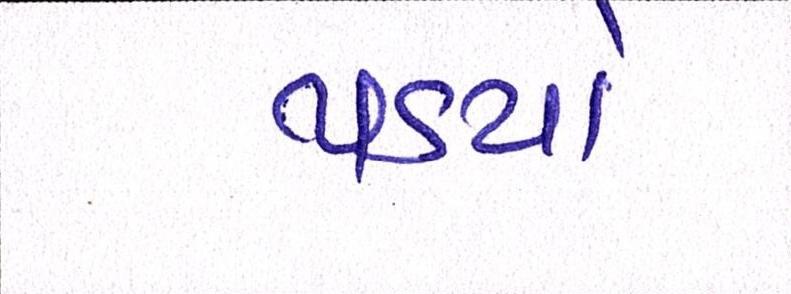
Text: પડયો